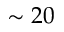
\sim 2 0